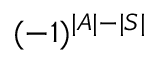
( - 1 ) ^ { | A | - | S | }